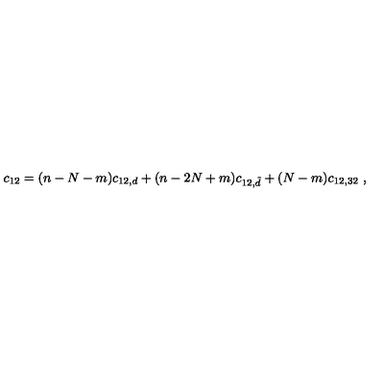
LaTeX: c _ { 1 2 } = ( n - N - m ) c _ { 1 2 , d } + ( n - 2 N + m ) c _ { 1 2 , \tilde { d } } + ( N - m ) c _ { 1 2 , 3 2 } \ ,